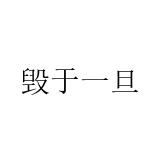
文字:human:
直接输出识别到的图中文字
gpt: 毁于一旦